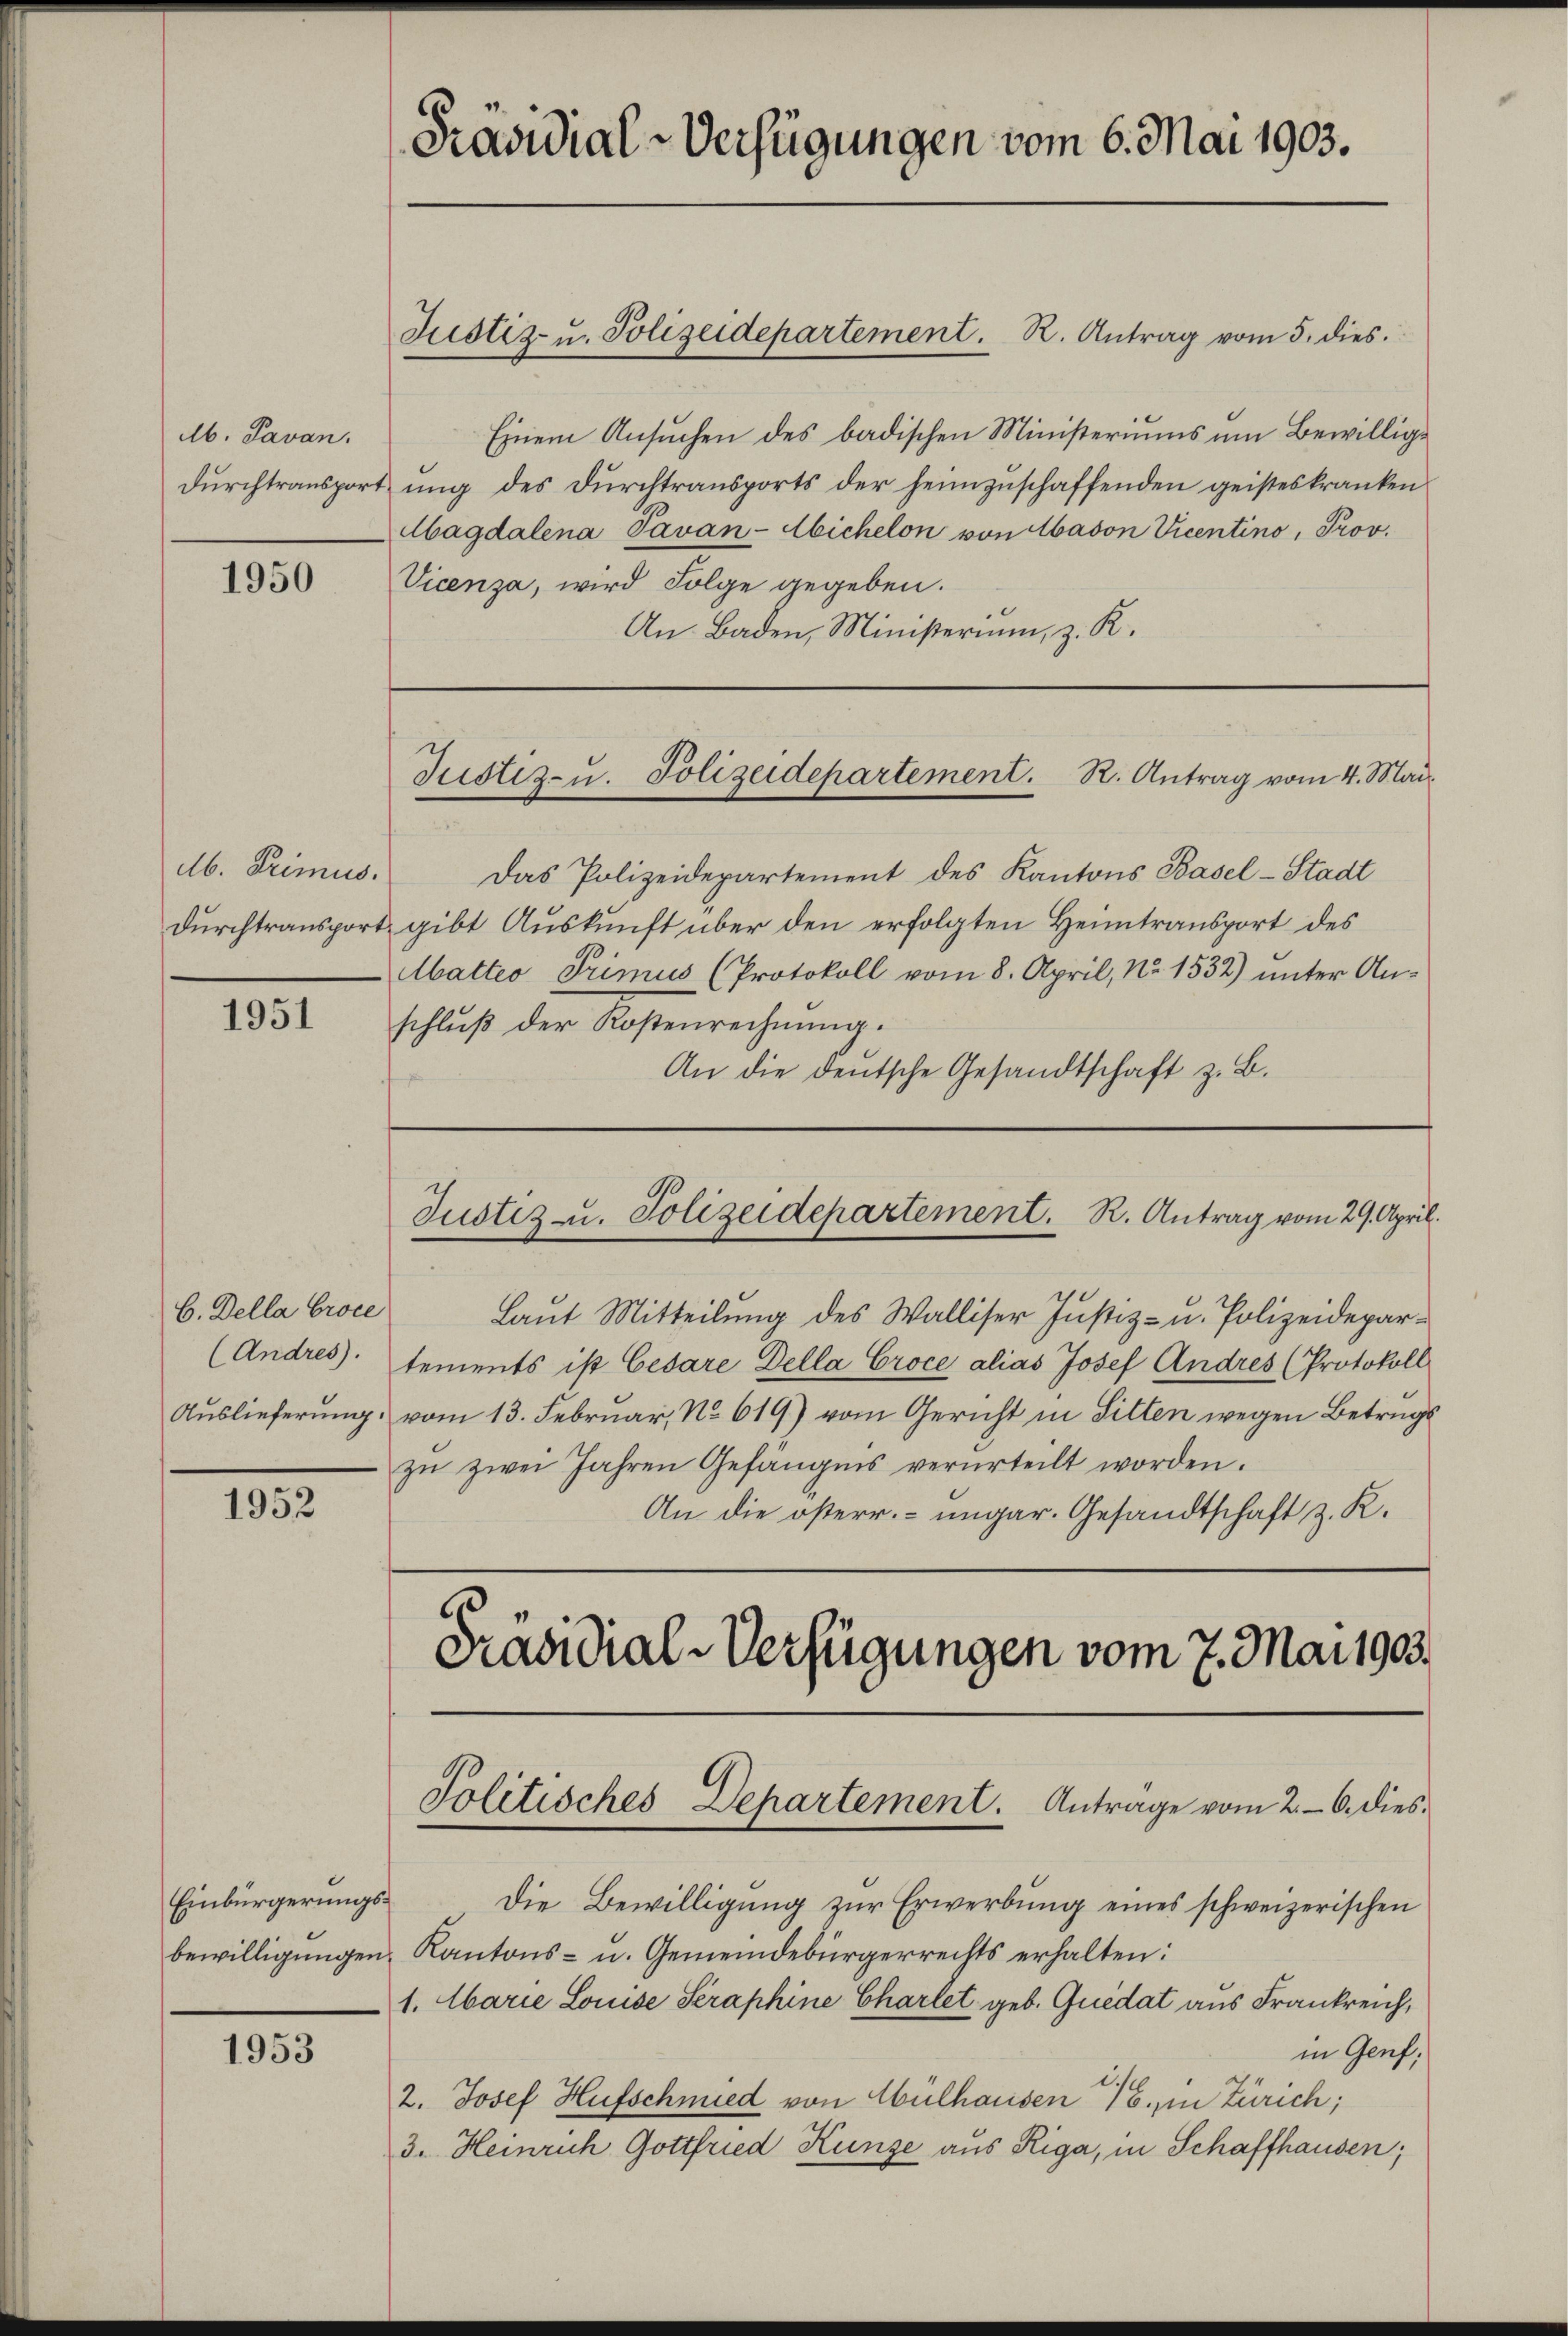
Ab. Pavan.

1950

Mb. Primus.

1951

C. Della Proce
(Andres).

1952

1953

Präsidial-Verfügungen vom 6. Mai 1903.

Justiz- u. Polizeidepartement. R. Antrag vom 5. dies.

Justiz- u. Polizeidepartement. R. Antrag vom 4. Mai

Das Polizeidepartement des Kantons Basel-Stadt
durchtransport gibt Auskunft über den erfolgten Heimtransport des
Abatteo Trimus (Protokoll vom 8. April, No 1532) ŭnter An-
schluß der Kostenrechnung.
An die deutsche Gesandtschaft z. B.

Einem Ansuchen des badischen Ministeriums um Bewillig¬
Durchtransportung des Durchtransports der heimzuschaffenden geisteskranken
Magdalena Tavan-Abichelon von Aadon Vicentino, Prov.
Vicenza, wird Folge gegeben.
An Baden, Ministerium, z. R.

Justiz- u. Polizeidepartement. R. Antrag vom 29. April.

Laut Mitteilung des Walliser Justiz- u. Polizeidepartements ist Cesare Della Croce alias Josef Andres (Protokoll
Auslieferŭng vom 13. Februar, No 619) vom Gericht in Sitten wegen Betrugs
zu zwei Jahren Gefängnis verurteilt worden.
An die österr.-ungar. Gesandtschaft z. K.

Präsidial-Verfügungen vom 7. Mai 1903.
Einbürgerŭngs- die Bewilligŭng zŭr Erwerbŭng eines schweizerischen
bewilligŭngen Kantons- u. Gemeindebürgerrechts erhalten:
1. Marie Louise Seraphine Charlet geb. Quidat aus Frankreich,
in Genf,
2. Josef Hufschmied von Mülhausen 16, in Zürich;
3. Heinrich Gottfried Kunze aus Riga, in Schaffhausen,

Politisches Departement. Anträge vom 2. 6. dies¬